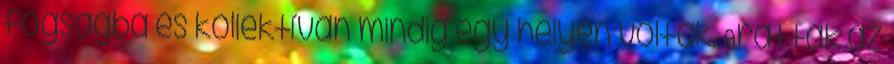
fogságba és kollektívan mindig egy helyen voltak. Arattak az